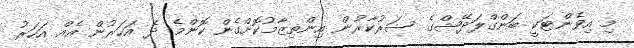
މި އިވެންޓަކީ ބަންގްލަދޭޝްގެ ސަރުކާރުން އިންތިޒާމުކޮށްގެން ކޮންމެ ދެ އަހަރުން އެއް އަހަރު